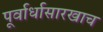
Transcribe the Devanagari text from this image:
पूर्वार्धासारखाच